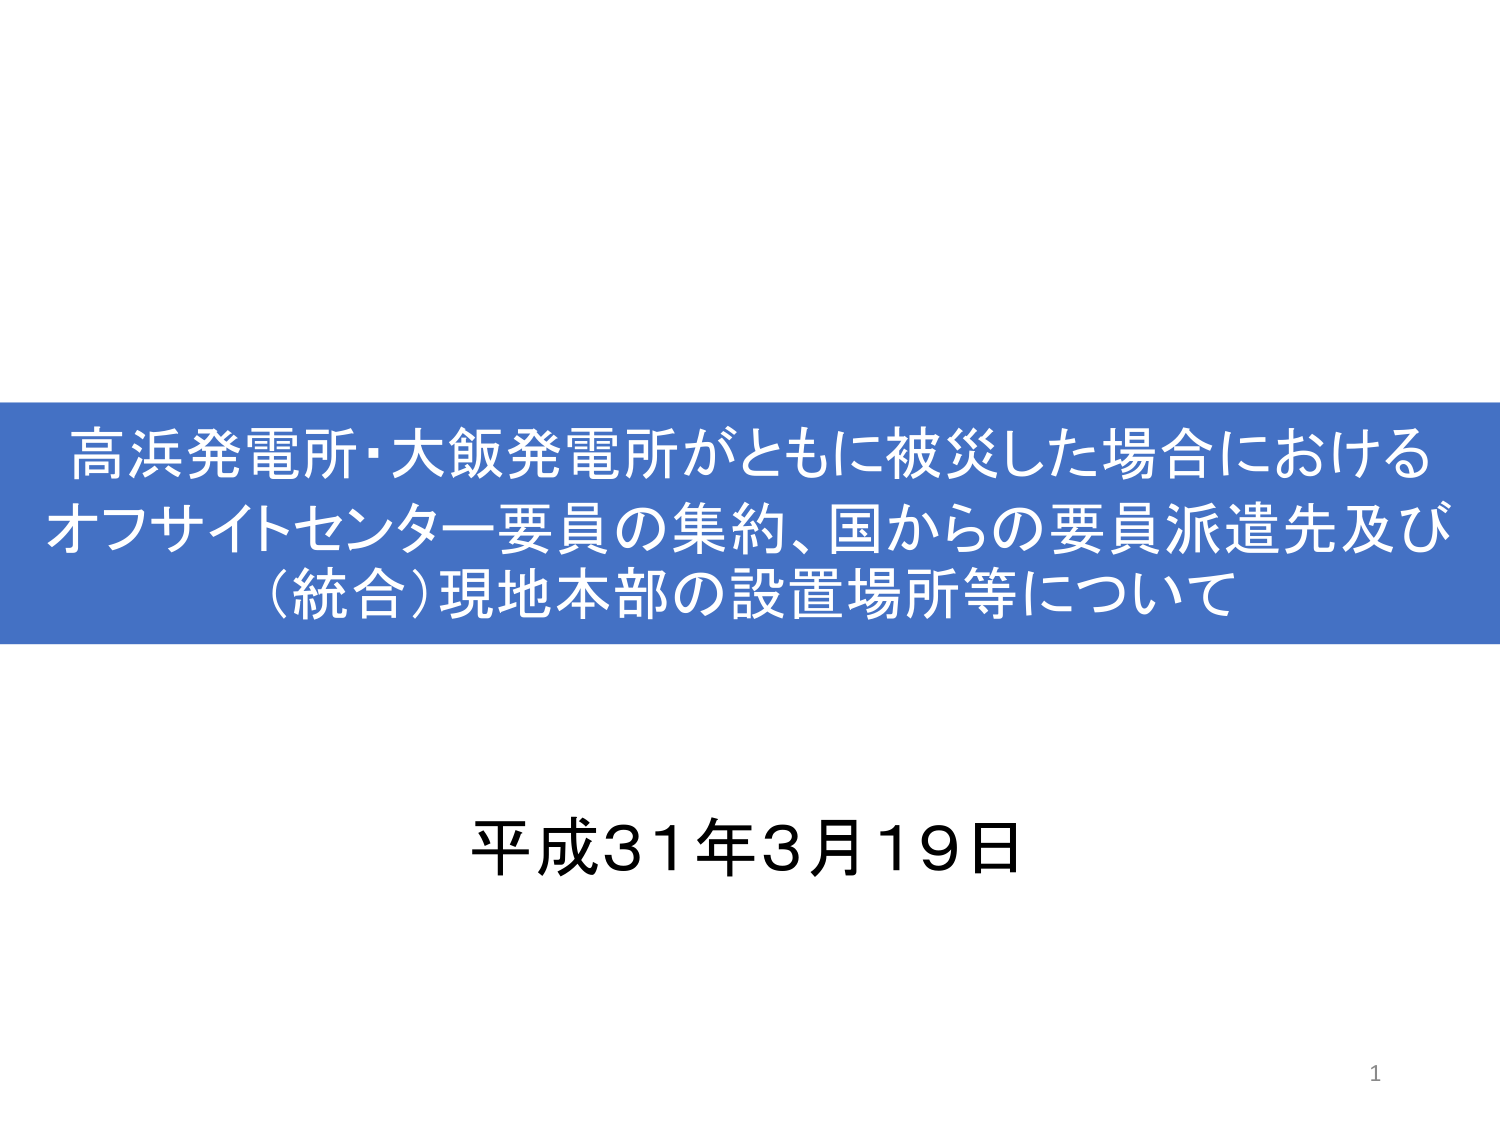
高浜発電所・大飯発電所がともに被災した場合における
オフサイトセンター要員の集約、国からの要員派遣先及び
（統合）現地本部の設置場所等について

平成31年3月19日

1